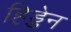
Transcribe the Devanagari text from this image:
हिड्डेन